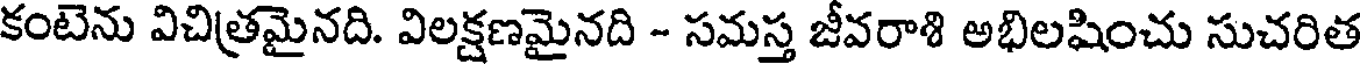
కంటెను విచిత్రమైనది. విలక్షణమైనది - సమస్త జీవరాశి అభిలషించు సుచరిత